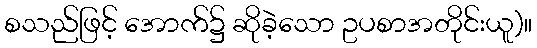
စသည်ဖြင့် အောက်၌ ဆိုခဲ့သော ဥပစာအတိုင်းယူ)။